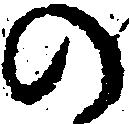
の